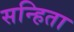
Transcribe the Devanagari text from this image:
सन्हिता